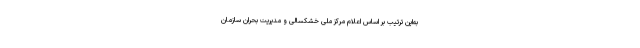
به‌این ترتیب بر اساس اعلام مرکز ملی خشکسالی و مدیریت بحران سازمان